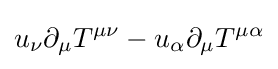
u_{\nu }\partial _{\mu }T^{\mu \nu }-u_{\alpha }\partial _{\mu }T^{\mu \alpha }